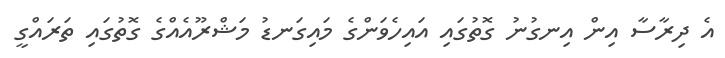
އެ ދިރާސާ އިން އިނގުނު ގޮތުގައި އައިހެވަންގެ މައިގަނޑު މަޝްރޫއެއްގެ ގޮތުގައި ތަރައްގީ